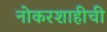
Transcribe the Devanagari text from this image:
नोकरशाहीची